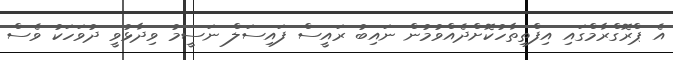
އެ ޕްރޮގްރާމްގައި އިފްތިތާހުކޮށްދެއްވުމުން ނައިބު ރައީސް ފައިސަލް ނަސީމު ވިދާޅުވީ ދުވަހަކު ވެސް